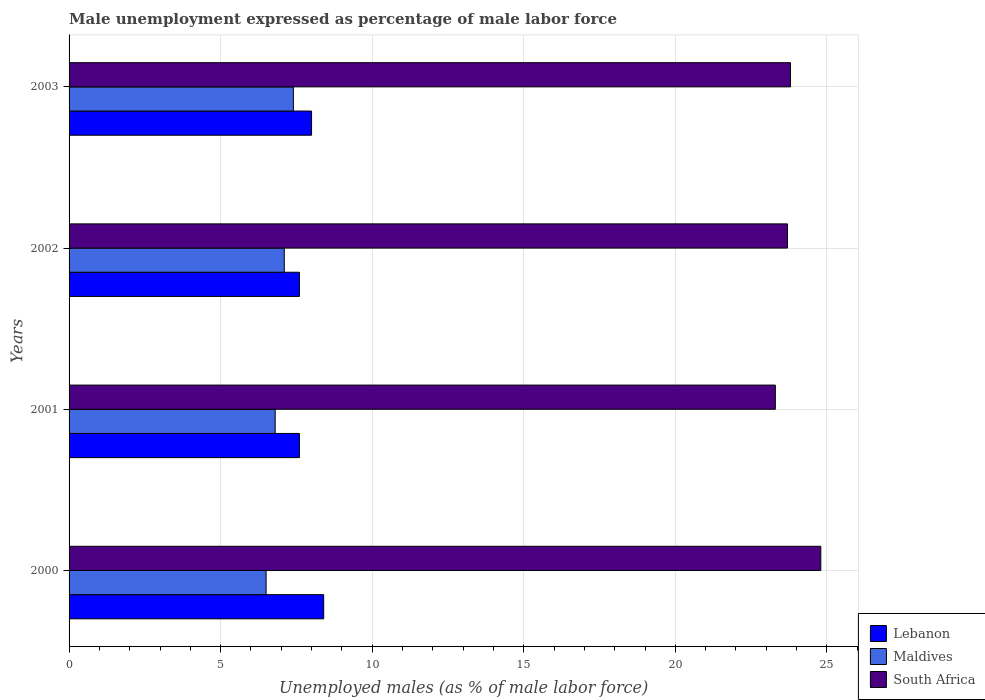
| Years | Lebanon | Maldives | South Africa |
 | --- | --- | --- | --- |
 | 2000 | 8.4 | 6.5 | 24.8 |
 | 2001 | 7.6 | 6.8 | 23.3 |
 | 2002 | 7.6 | 7.1 | 23.7 |
 | 2003 | 8 | 7.4 | 23.8 |